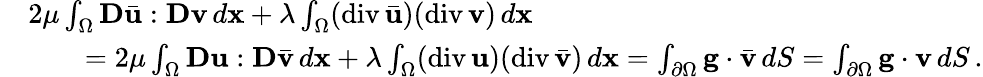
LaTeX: \begin{array}{rl}&{2\mu\int_{\Omega}{\mathbf D}\bar{\mathbf u}:{\mathbf D}{\mathbf v}\, d{\mathbf x}+\lambda\int_{\Omega}(\mathrm{div}\, \bar{\mathbf u})(\mathrm{div}\, {\mathbf v})\, d{\mathbf x}}\\ &{\qquad=2\mu\int_{\Omega}{\mathbf D}{\mathbf u}:{\mathbf D}\bar{\mathbf v}\, d{\mathbf x}+\lambda\int_{\Omega}(\mathrm{div}\, {\mathbf u})(\mathrm{div}\, \bar{\mathbf v})\, d{\mathbf x}=\int_{\partial\Omega}{\mathbf g}\cdot\bar{\mathbf v}\, dS=\int_{\partial\Omega}{\mathbf g}\cdot{\mathbf v}\, dS\, .}\end{array}